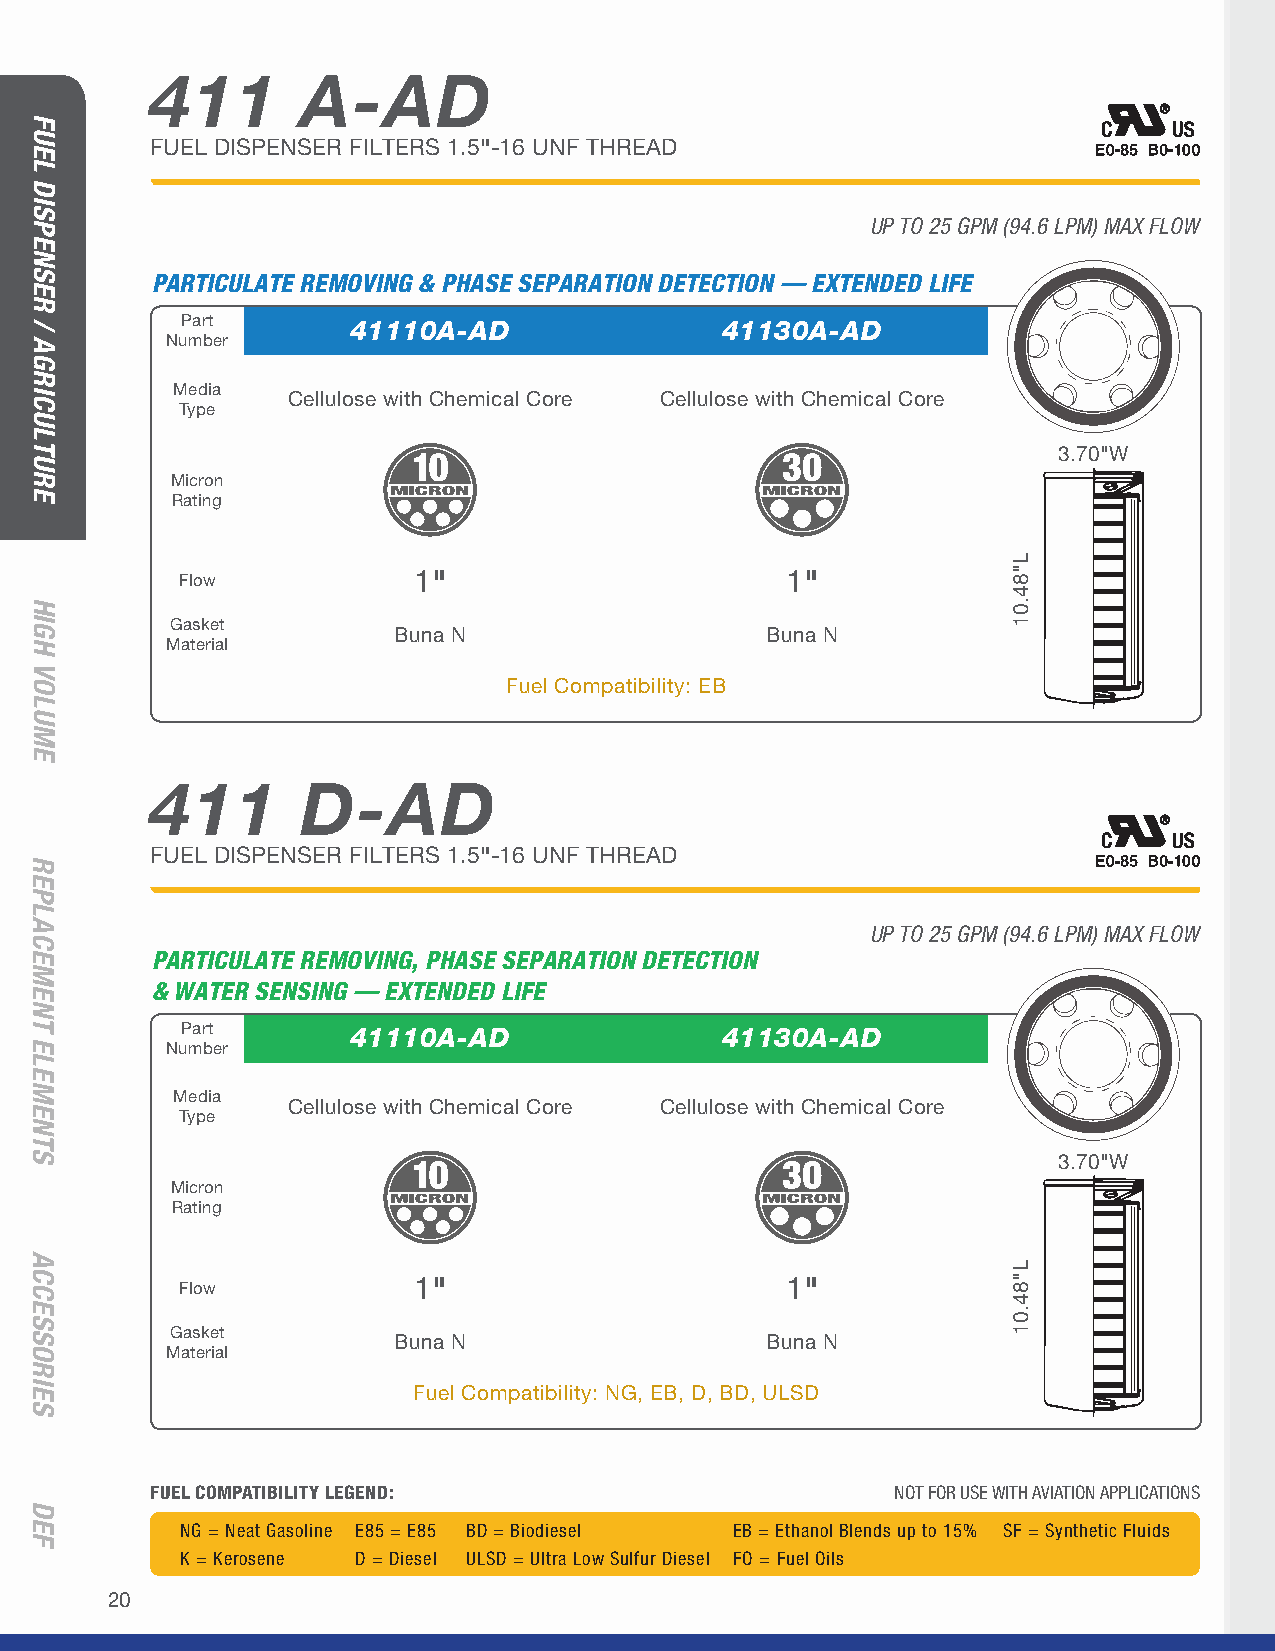
411       A-AD
 FUEL DISPENSER FILTERS 1.5"-16 UNF THREAD
 UP TO 25 GPM (94.6 LPM) MAX FLOW
 PARTICULATE REMOVING & PHASE SEPARATION DETECTION — EXTENDED LIFE
 Part       41110A-AD                41130A-AD
 Number
 Media
 Cellulose with Chemical Core Cellulose with Chemical Core
 Type
 3.70"W
 Micron
 Rating
 Flow
 1"                       1"
 Gasket
 Buna N                   Buna N
 Material
 Fuel Compatibility: EB
 411       D-AD
 FUEL DISPENSER FILTERS 1.5"-16 UNF THREAD
 UP TO 25 GPM (94.6 LPM) MAX FLOW
 PARTICULATE REMOVING, PHASE SEPARATION DETECTION
 & WATER SENSING — EXTENDED LIFE
 Part       41110A-AD                41130A-AD
 Number
 Media
 Cellulose with Chemical Core Cellulose with Chemical Core
 Type
 3.70"W
 Micron
 Rating
 Flow
 1"                       1"
 Gasket
 Buna N                   Buna N
 Material
 Fuel Compatibility: NG, EB, D, BD, ULSD
 FUEL COMPATIBILITY LEGEND:                       NOT FOR USE WITH AVIATION APPLICATIONS
 NG = Neat Gasoline E85 = E85 BD = Biodiesel EB = Ethanol Blends up to 15% SF = Synthetic Fluids
 K = Kerosene D = Diesel ULSD = Ultra Low Sulfur Diesel FO = Fuel Oils
 20
 FUEL
 DISPENSER
 /
 AGRICULTURE
 HIGH
 VOLUME
 REPLACEMENT
 ELEMENTS
 ACCESSORIES
 DEF
 L"84.01
 L"84.01